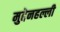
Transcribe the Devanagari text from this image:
मुद्देनहल्ली